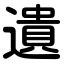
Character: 遺